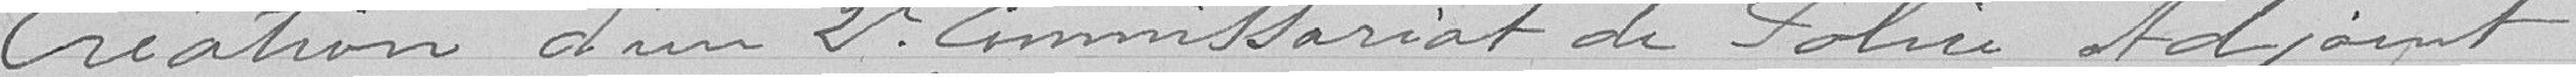
Création d'un 2ème commissariat de police adjoint